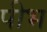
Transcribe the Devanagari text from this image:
पीभ